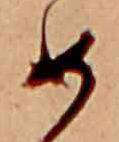
め